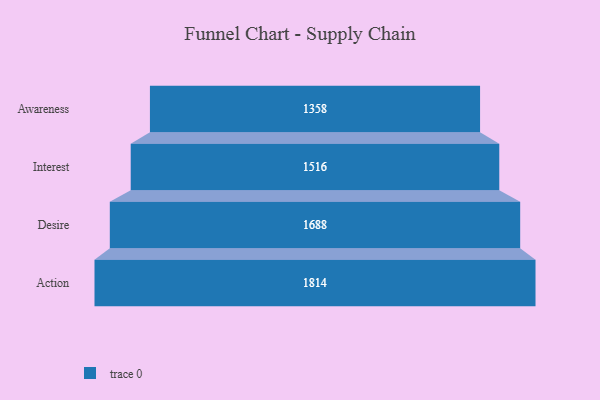
{"axis": {"x": "Stage", "y": "Value"}, "legend": [""], "data": [{"x": "Awareness", "y": 1358.0, "type": ""}, {"x": "Interest", "y": 1516.0, "type": ""}, {"x": "Desire", "y": 1688.0, "type": ""}, {"x": "Action", "y": 1814.0, "type": ""}]}